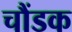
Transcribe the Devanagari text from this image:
चौंडक